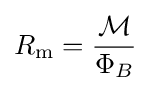
R_{\text{m}}={\frac {\mathcal {M}}{\Phi _{B}}}